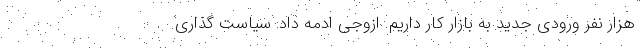
هزار نفر ورودی جدید به بازار کار داریم. ازوجی ادمه داد: سیاست گذاری